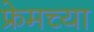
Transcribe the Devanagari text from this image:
फ्रेमच्या